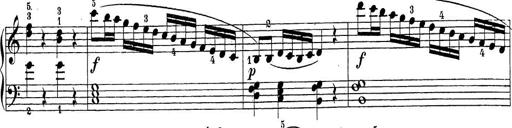
Title: Sonatina Album
Composer: Louis KÃ¶hler